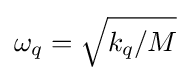
\omega _{q}={\sqrt {k_{q}/M}}